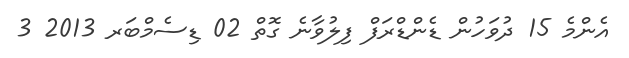
އެންމެ 15 ދުވަހުން ޑެންޑްރަފް ފިލުވާނެ ގޮތް 02 ޑިސެމްބަރ 2013 3